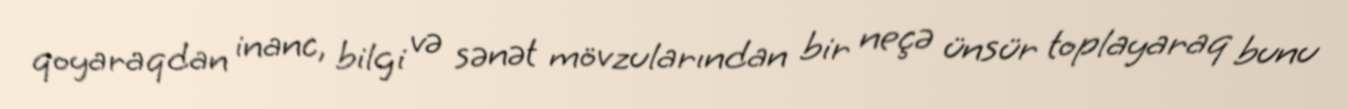
qoyaraqdan inanc, bilgi və sənət mövzularından bir neçə ünsür toplayaraq bunu